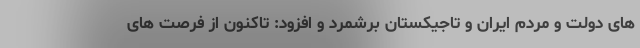
های دولت و مردم ایران و تاجیکستان برشمرد و افزود: تاکنون از فرصت های